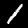
Label: 1